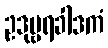
ဥဒုမ္ဗရခါဒကံ